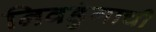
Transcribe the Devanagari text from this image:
निवडुंगाची